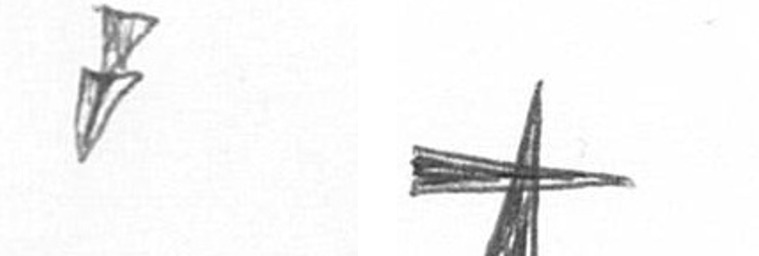
Z G